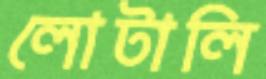
লোটালি